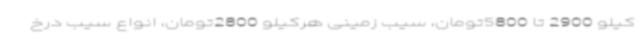
کیلو 2900 تا 5800تومان، سیب زمینی هرکیلو 2800تومان، انواع سیب درخ